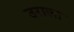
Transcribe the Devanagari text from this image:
उराला